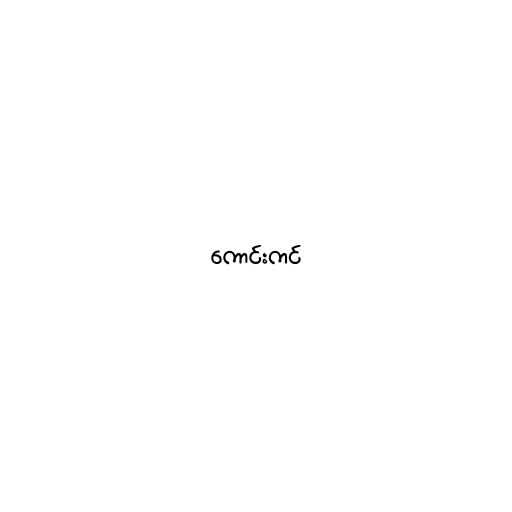
ကောင်းကင်